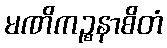
မဏိကဉ္စနာစိတံ